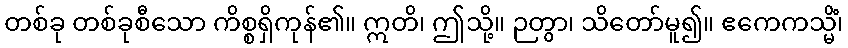
တစ်ခု တစ်ခုစီသော ကိစ္စရှိကုန်၏။ ဣတိ၊ ဤသို့။ ဉတွာ၊ သိတော်မူ၍။ ဧကေကသ္မိံ၊